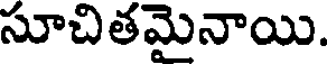
సూచితమైనాయి.